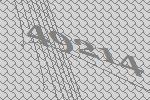
49214